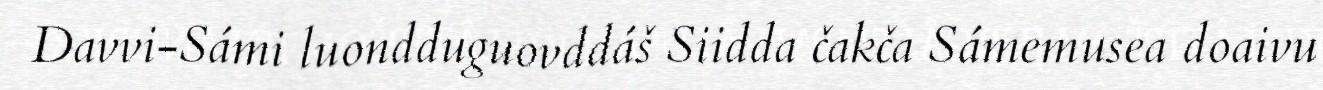
Davvi-Sámi luondduguovddáš Siidda čakča Sámemusea doaivu